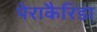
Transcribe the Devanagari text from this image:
पेराकैरिडा